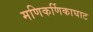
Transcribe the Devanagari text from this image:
मणिकर्णिकाघाट